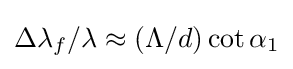
\Delta \lambda _{f}/\lambda \approx (\Lambda /d)\cot \alpha _{1}